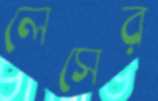
লেসের